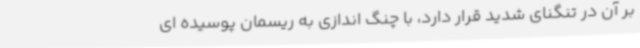
بر آن در تنگنای شدید قرار دارد، با چنگ اندازی به ریسمان پوسیده ای